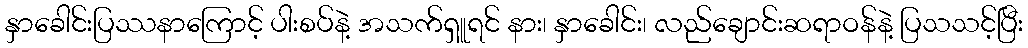
နှာခေါင်းပြဿနာကြောင့် ပါးစပ်နဲ့ အသက်ရှူရင် နား၊ နှာခေါင်း၊ လည်ချောင်းဆရာဝန်နဲ့ ပြသသင့်ပြီး